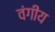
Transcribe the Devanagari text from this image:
वंगीय